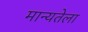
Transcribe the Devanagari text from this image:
मान्यतेला